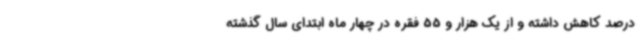
درصد کاهش داشته و از یک هزار و 55 فقره در چهار ماه ابتدای سال گذشته